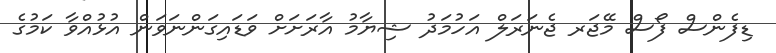
ޑިފެންސް ފޯސް މޭޖަރ ޖެނަރަލް އަހުމަދު ޝިޔާމު އާރަށަށް ވަޑައިގަންނަވަން އުޅުއްވާ ކަމުގެ